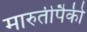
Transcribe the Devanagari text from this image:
मारुतीपैकी